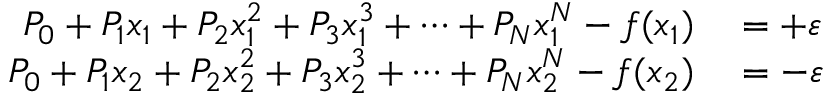
\begin{array} { r l } { P _ { 0 } + P _ { 1 } x _ { 1 } + P _ { 2 } x _ { 1 } ^ { 2 } + P _ { 3 } x _ { 1 } ^ { 3 } + \dots + P _ { N } x _ { 1 } ^ { N } - f ( x _ { 1 } ) } & { { } = + \varepsilon } \\ { P _ { 0 } + P _ { 1 } x _ { 2 } + P _ { 2 } x _ { 2 } ^ { 2 } + P _ { 3 } x _ { 2 } ^ { 3 } + \dots + P _ { N } x _ { 2 } ^ { N } - f ( x _ { 2 } ) } & { { } = - \varepsilon } \end{array}